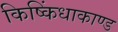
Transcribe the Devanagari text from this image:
किष्किंधाकाण्ड